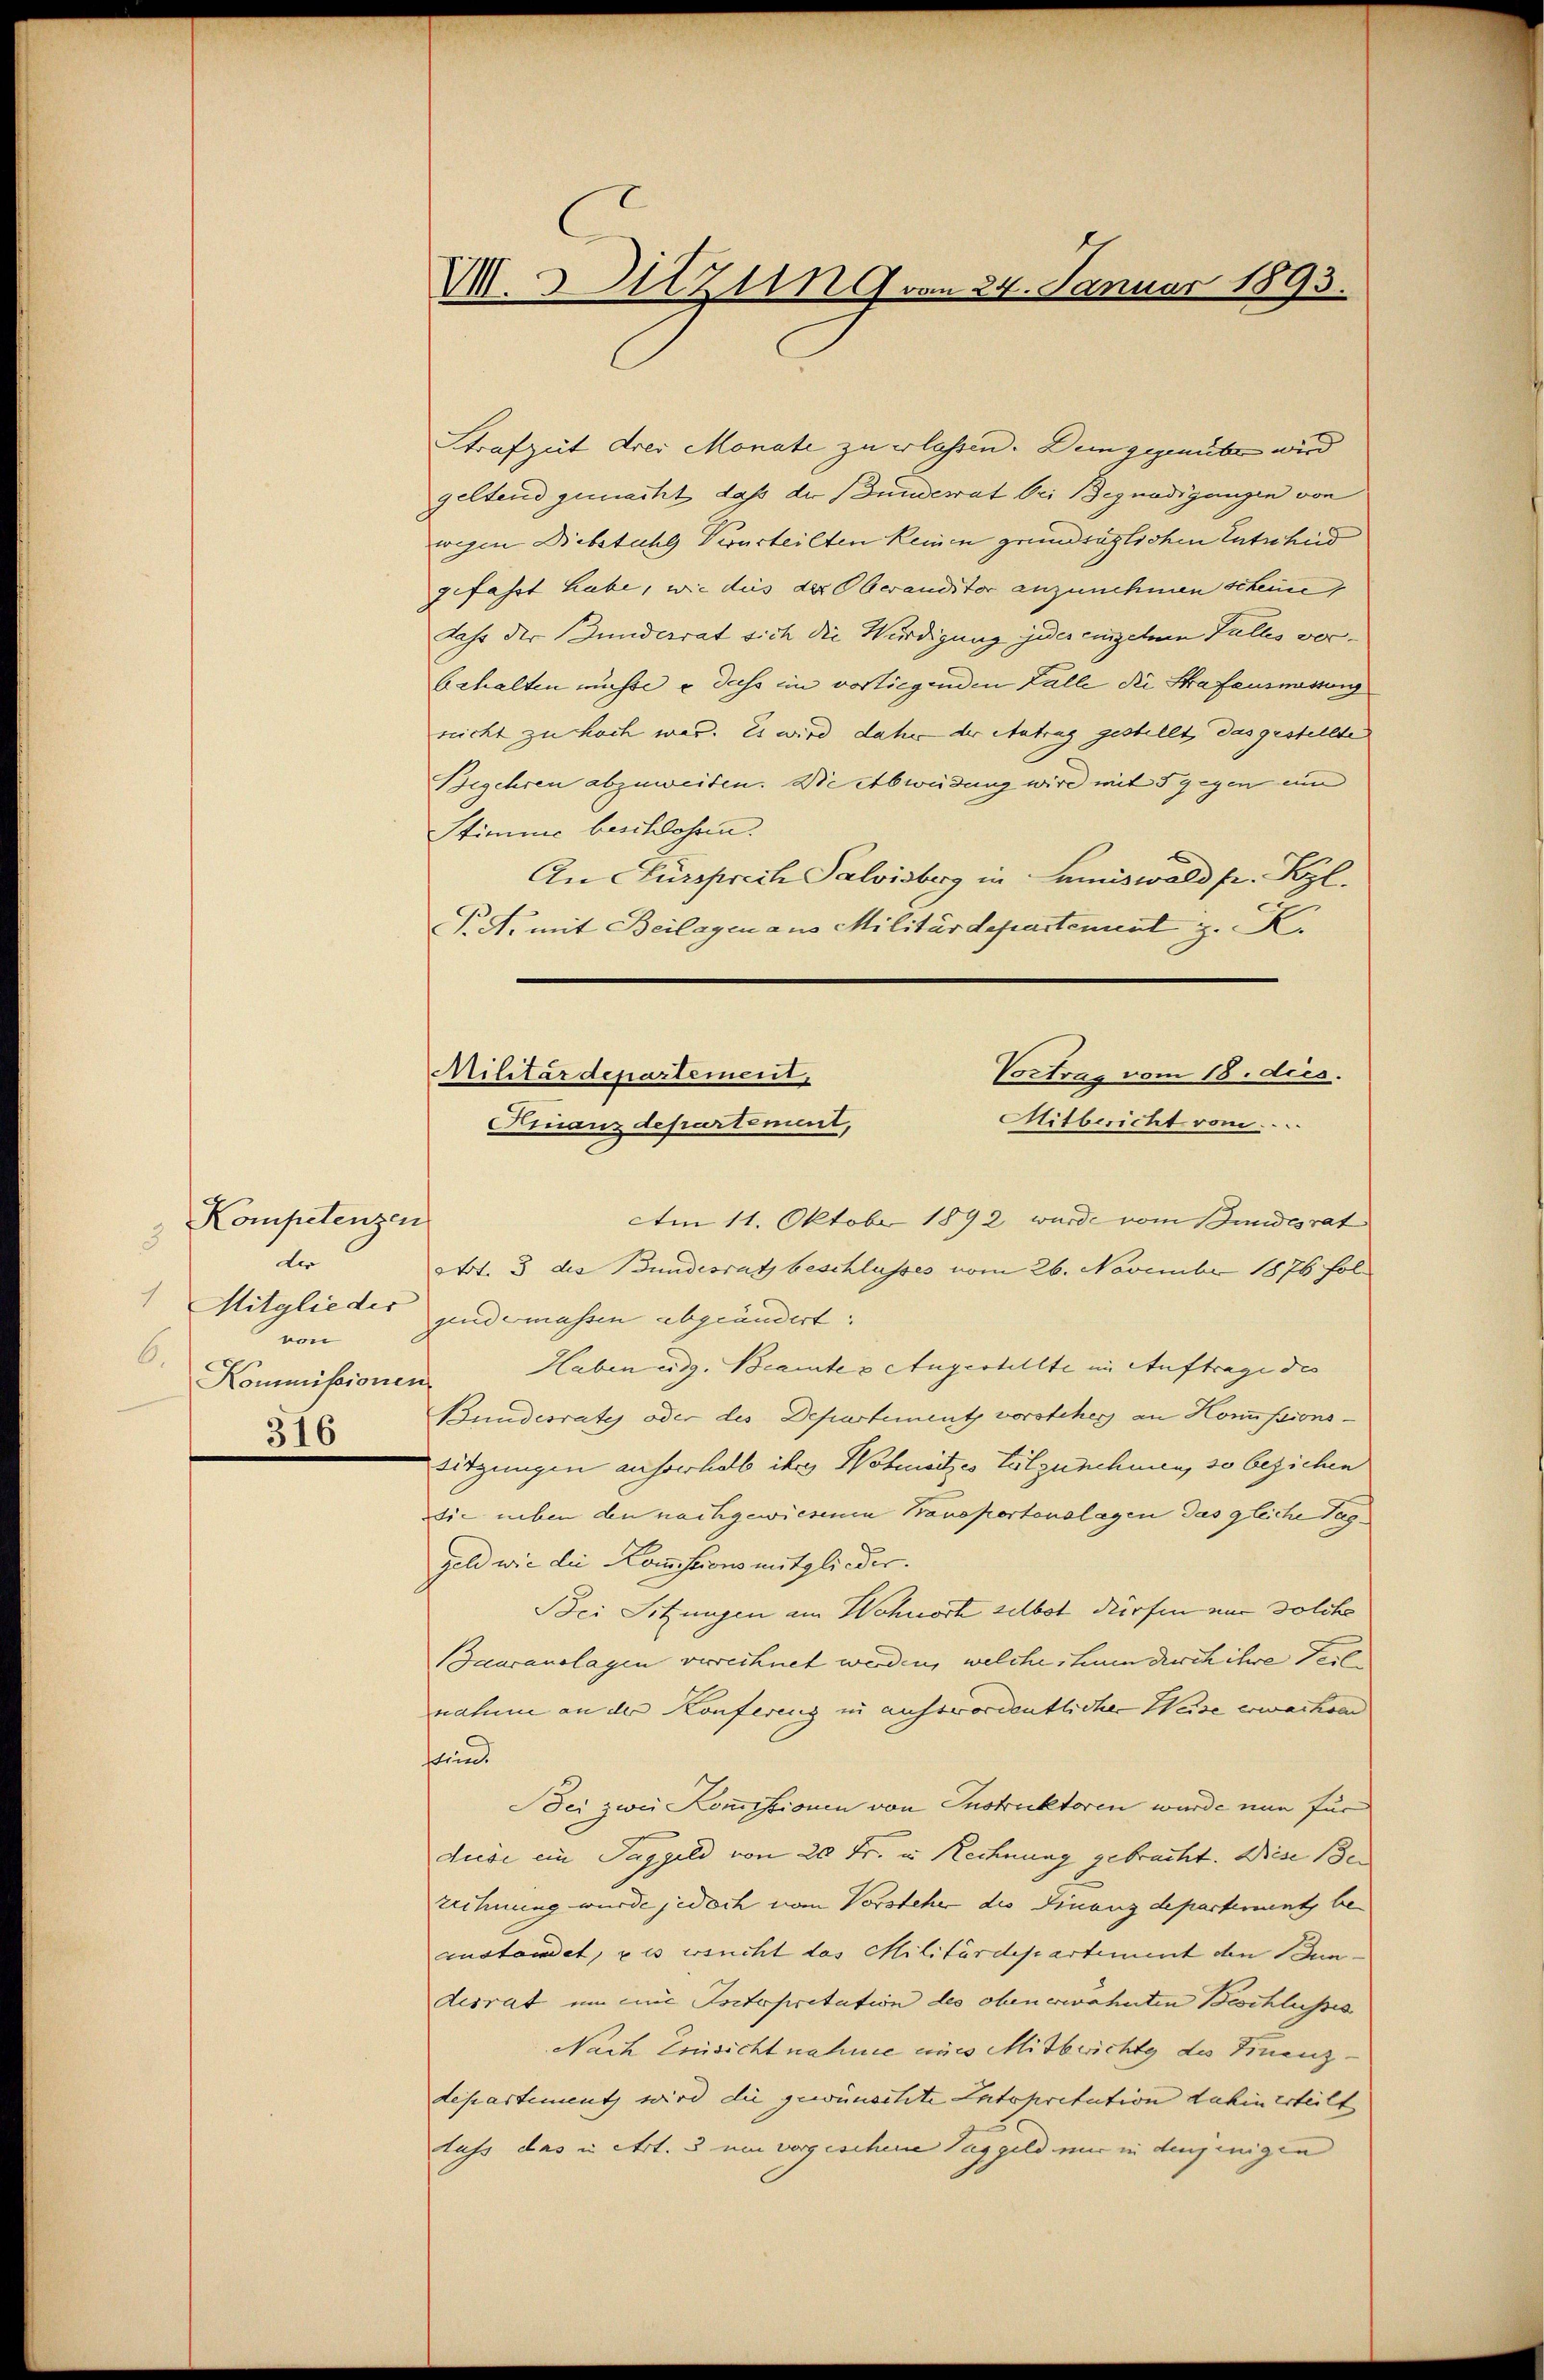
Kompetenzen
3
der
1
Mitglieder
von
6.
Kommissionen
316

Strafzeit drei Monate zu erlassen. Dein gegenüber wird
geltend gemacht, daß der Bundesrat bei Begnadigungen von
wegen Diebstuhl Verurteilten keinen grundsätzlichen Entscheid
gefasst habe, wie aus der Oberandster anzunehmen scheine
Jahr der Bunderrat sich die Würdigung jeder einzelnen Falles ver¬
Echalten müsse u dass im vorliegenden Falle die Strafausmessung
reicht zu hoch war. Es wird daher der Antrag gestellt, das gestellte
Begehren abzuweisen. Die Abweidung wird mit 5 gegen un
Stimme beschlossen.
An Cursprech Salvisberg in Lamiswald pr. Kgl.
P.N. mit Beilagen aus Militärdepartement z. K.

VI. Hitzin 9 von 24. Januar 1893.

Vortrag vom 18. dies.
Militärdepartement
Mitbericht vom....
Finanzdepartement,

m 11. Oktober 1892 wurde vom Bundesrat
Not. 3 des Bundesrath beschlusses vom 26. November 1876 fol
pidemassen abgeändert:
Haben eidg. Beamtes Augestellte im Auftrage des
Bundesrate oder des Departement vorsteher an Homissions¬
Sitzungen ausserhalb ihr Wohnsitzes Holzunehmen, so beziehen
Sie neben den nachgewiesenen Banopertonslagen das gleiche Taggeld wie die Kommissions mitglieder.
Bei Sitzungen am Wohnort selbst dürfen um solche
Bauranslagen verrechnet werden, welche ham durch ihre Teilnahme an der Konferenz in auserordentlicher Weise erwachsen
stren
Bei zwei Kommissionen von Instruktoren wurde nun für
diese ein Taggeld von 20 Fr. in Rechnung gebracht. Diese Be
zechnung wurde jedoch vom Vorstehe des Finanzdepartement beaustandet, u es wicht das Militärdepartement den Bundesrat um eine Interpretation des oben erwähnten Beschlusses
Nach Einsicht nahme eines Mitberichte des Finenz.
departement wird die gewünschte Latopritation dahin erteilt
luss das in Art. 3 um vorgeschene Taggeld mir in denjenigen